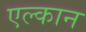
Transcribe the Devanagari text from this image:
एल्कान